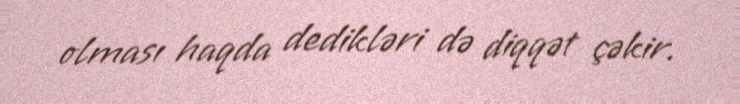
olması haqda dedikləri də diqqət çəkir.